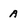
Character: A